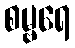
စမ္ဗရေ